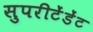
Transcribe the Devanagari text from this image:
सुपरीटेंडेंट